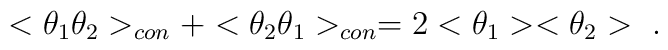
<\theta_{1}\theta_{2}>_{con} + <\theta_{2}\theta_{1}>_{con} =2<\theta_{1}><\theta_{2}> \ .